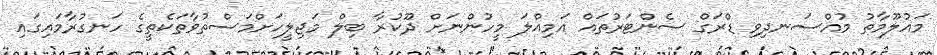
މައުލޫމާތު މުއްސަނދިވި ޑްރަގް ސެންޓަރުތައް އަމިއްލަ މީހުންނަށް ދޫކުރާ ބިލް މަޖިލީހަށްމަސްތުވާތަކެތީގެ ހަނގުރާމައިގައި